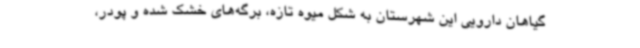
گیاهان دارویی این شهرستان به شکل میوه تازه، برگه‌های خشک شده و پودر،